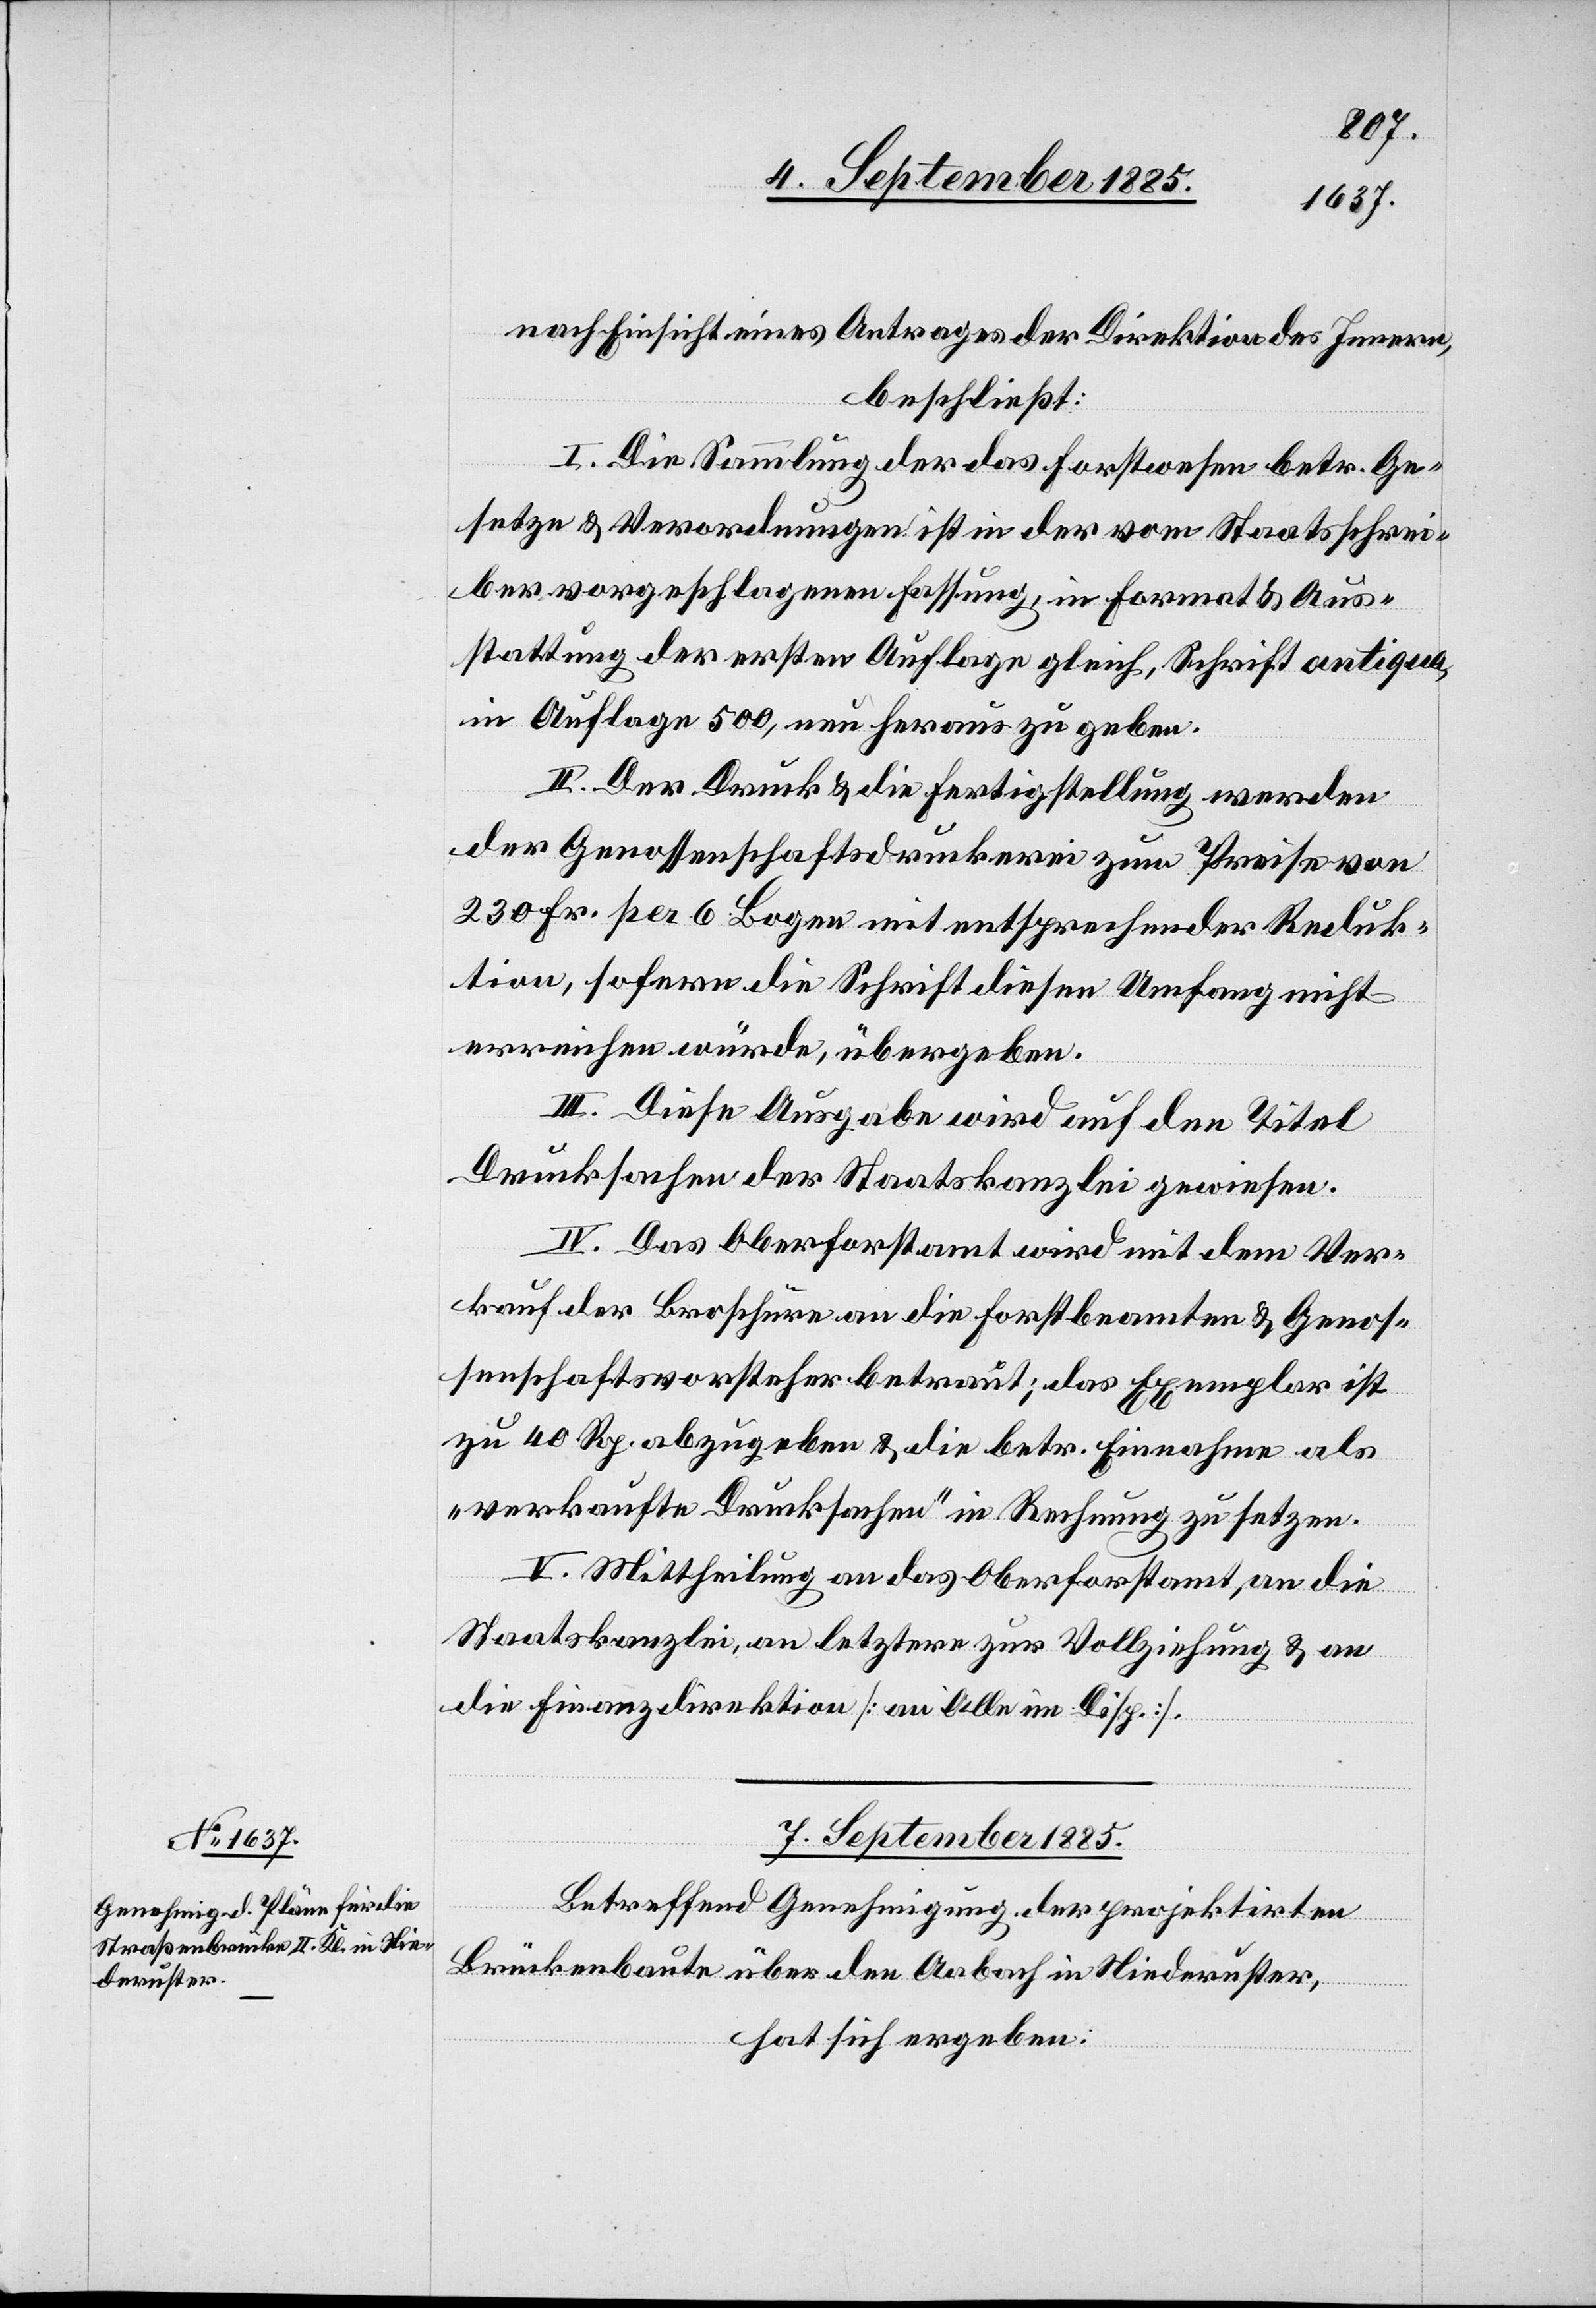
nach Einscht eines Antrages der Direktion des Innern,
beschließt:
I. Die Sammlung der das Forstwesen betr. Ge¬
setze & Verordnungen ist in der vom Staatsschrei¬
ber vorgeschlagenen Fassung, in Format & Aus¬
stattung der ersten Auflage gleich, Schrift antiqua,
in Auflage 500, neu herauszugeben.
II. Der Druck & die Fertigstellung werden
der Genossenschaftsdruckerei zum Preise von
230 Fr. per 6 Bogen mit entsprechender Reduk¬
tion, sofern die Schrift diesen Umfang nicht
erreichen würde, übergeben.
III. Diese Ausgabe wird auf den Titel
Drucksachen der Staatskanzlei gewiesen.
IV. Das Oberforstamt wird mit dem Ver¬
kauf der Broschüren an die Forstbeamten & Genos¬
senschaftsvorsteher betraut; das Exemplar ist
zu 40 Rp. abzugeben & die betr. Einnahmen als
„verkaufte Drucksachen“ in Rechnung zu setzen.
V. Mittheilung an das Oberforstamt, an die
Staatskanzlei, an letztere zur Vollziehung & an
die Finanzdirektion [an Alle im Disp.].
7. September 1885.
Betreffend Genehmigung der projektirten
Brückenbaute über den Aabach in Niederuster,
hat sich ergeben: